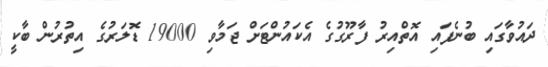
ދައުވާގައި ބުނެފައި އޮތްއިރު ފާރޫގުގެ އެކައުންޓަށް ޖަމާވި 19000 ޑޮލަރުގެ އިތުރުން ބާކީ